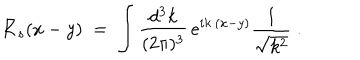
LaTeX: { \bar { K } } _ { s } ( x - y ) \; = \; \int \frac { d ^ { 3 } k } { ( 2 \pi ) ^ { 3 } } \, e ^ { i k \cdot ( x - y ) } \frac { 1 } { \sqrt { k ^ { 2 } } } \; .